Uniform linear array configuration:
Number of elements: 8
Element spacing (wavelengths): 0.5
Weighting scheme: hann
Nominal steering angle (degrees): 30
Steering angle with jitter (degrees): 29.608
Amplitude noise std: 0.05
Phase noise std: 0.05

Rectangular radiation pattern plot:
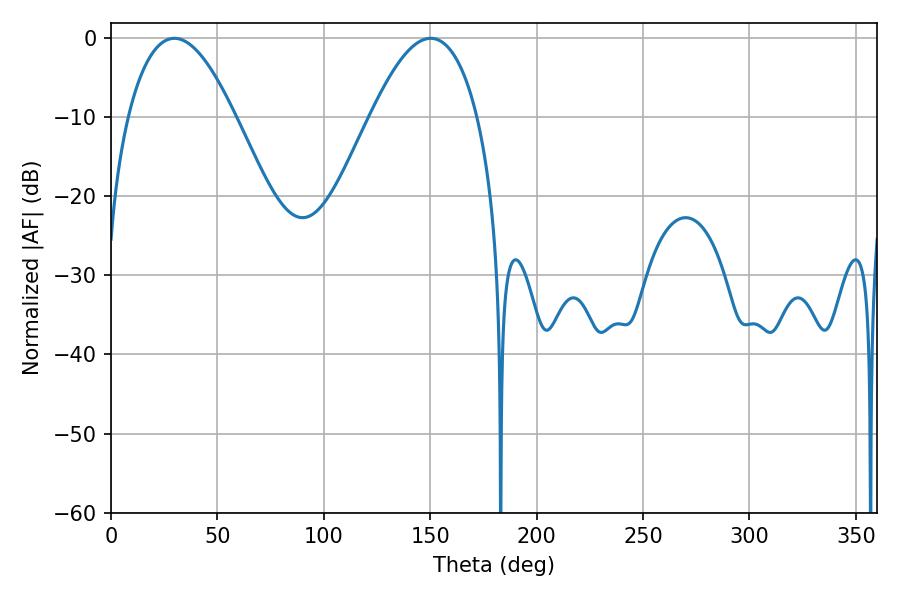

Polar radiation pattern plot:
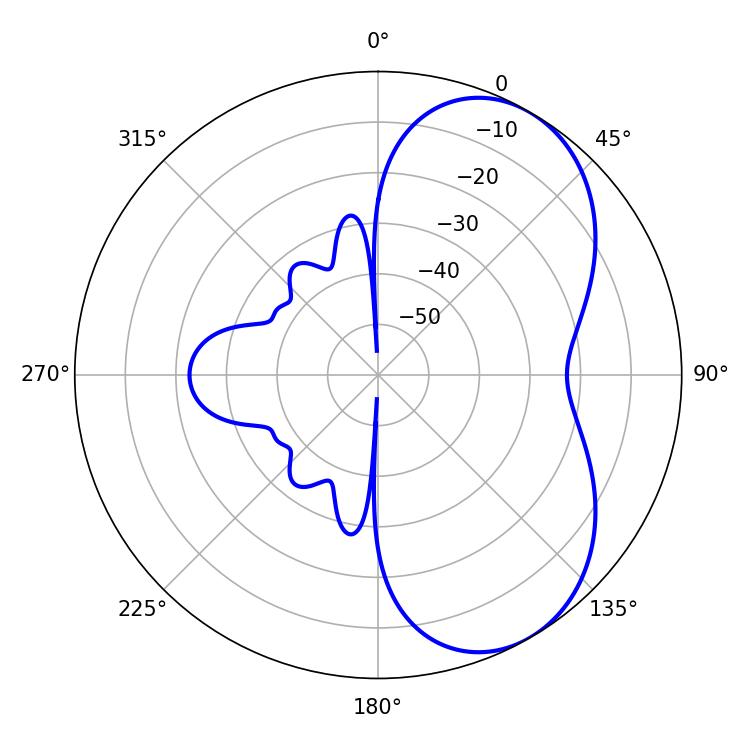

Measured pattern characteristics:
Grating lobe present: FALSE
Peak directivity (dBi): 5.679
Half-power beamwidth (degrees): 27.54
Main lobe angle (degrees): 29.7